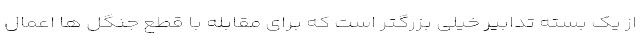
از یک بسته تدابیر خیلی بزرگتر است که برای مقابله با قطع جنگل ها اعمال